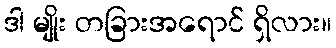
ဒါ မျိုး တခြားအရောင် ရှိလား။